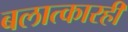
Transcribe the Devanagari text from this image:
बलात्कारही